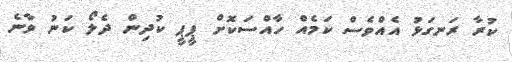
ކުރާ ރަނގަޅު އެއްވެސް ކަމެއް ހާއްސަކޮށް ޕީޕީ ކުދިން ދެލޯ ކަނު ވާނެ